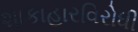
શાકાહારવિરોધી